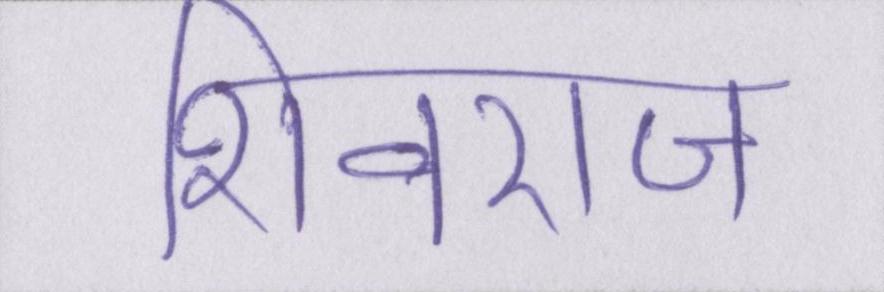
शिवराज